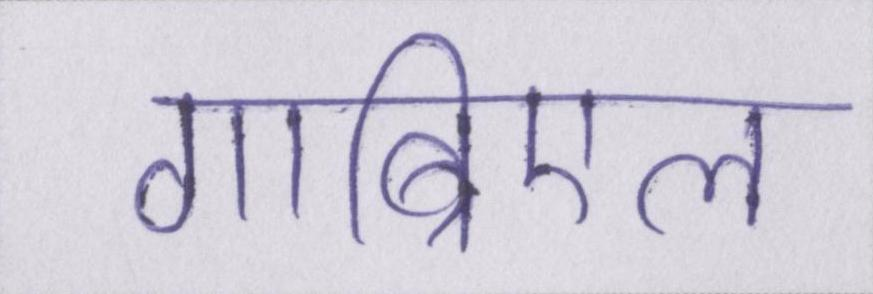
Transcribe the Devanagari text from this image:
गाब्रिएल